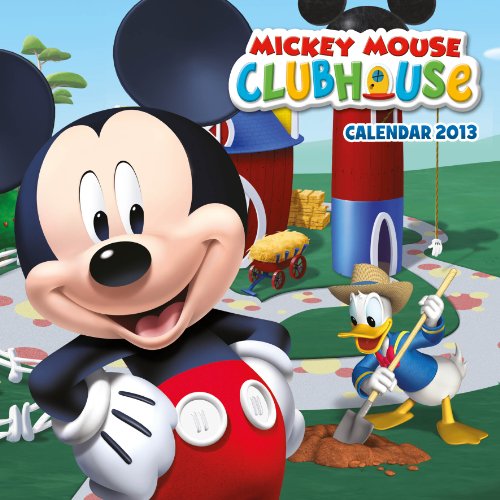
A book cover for Official Mickey Mouse Clubhouse 2013 Calendar; Calendars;